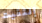
إلتقيت